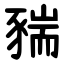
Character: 䝎